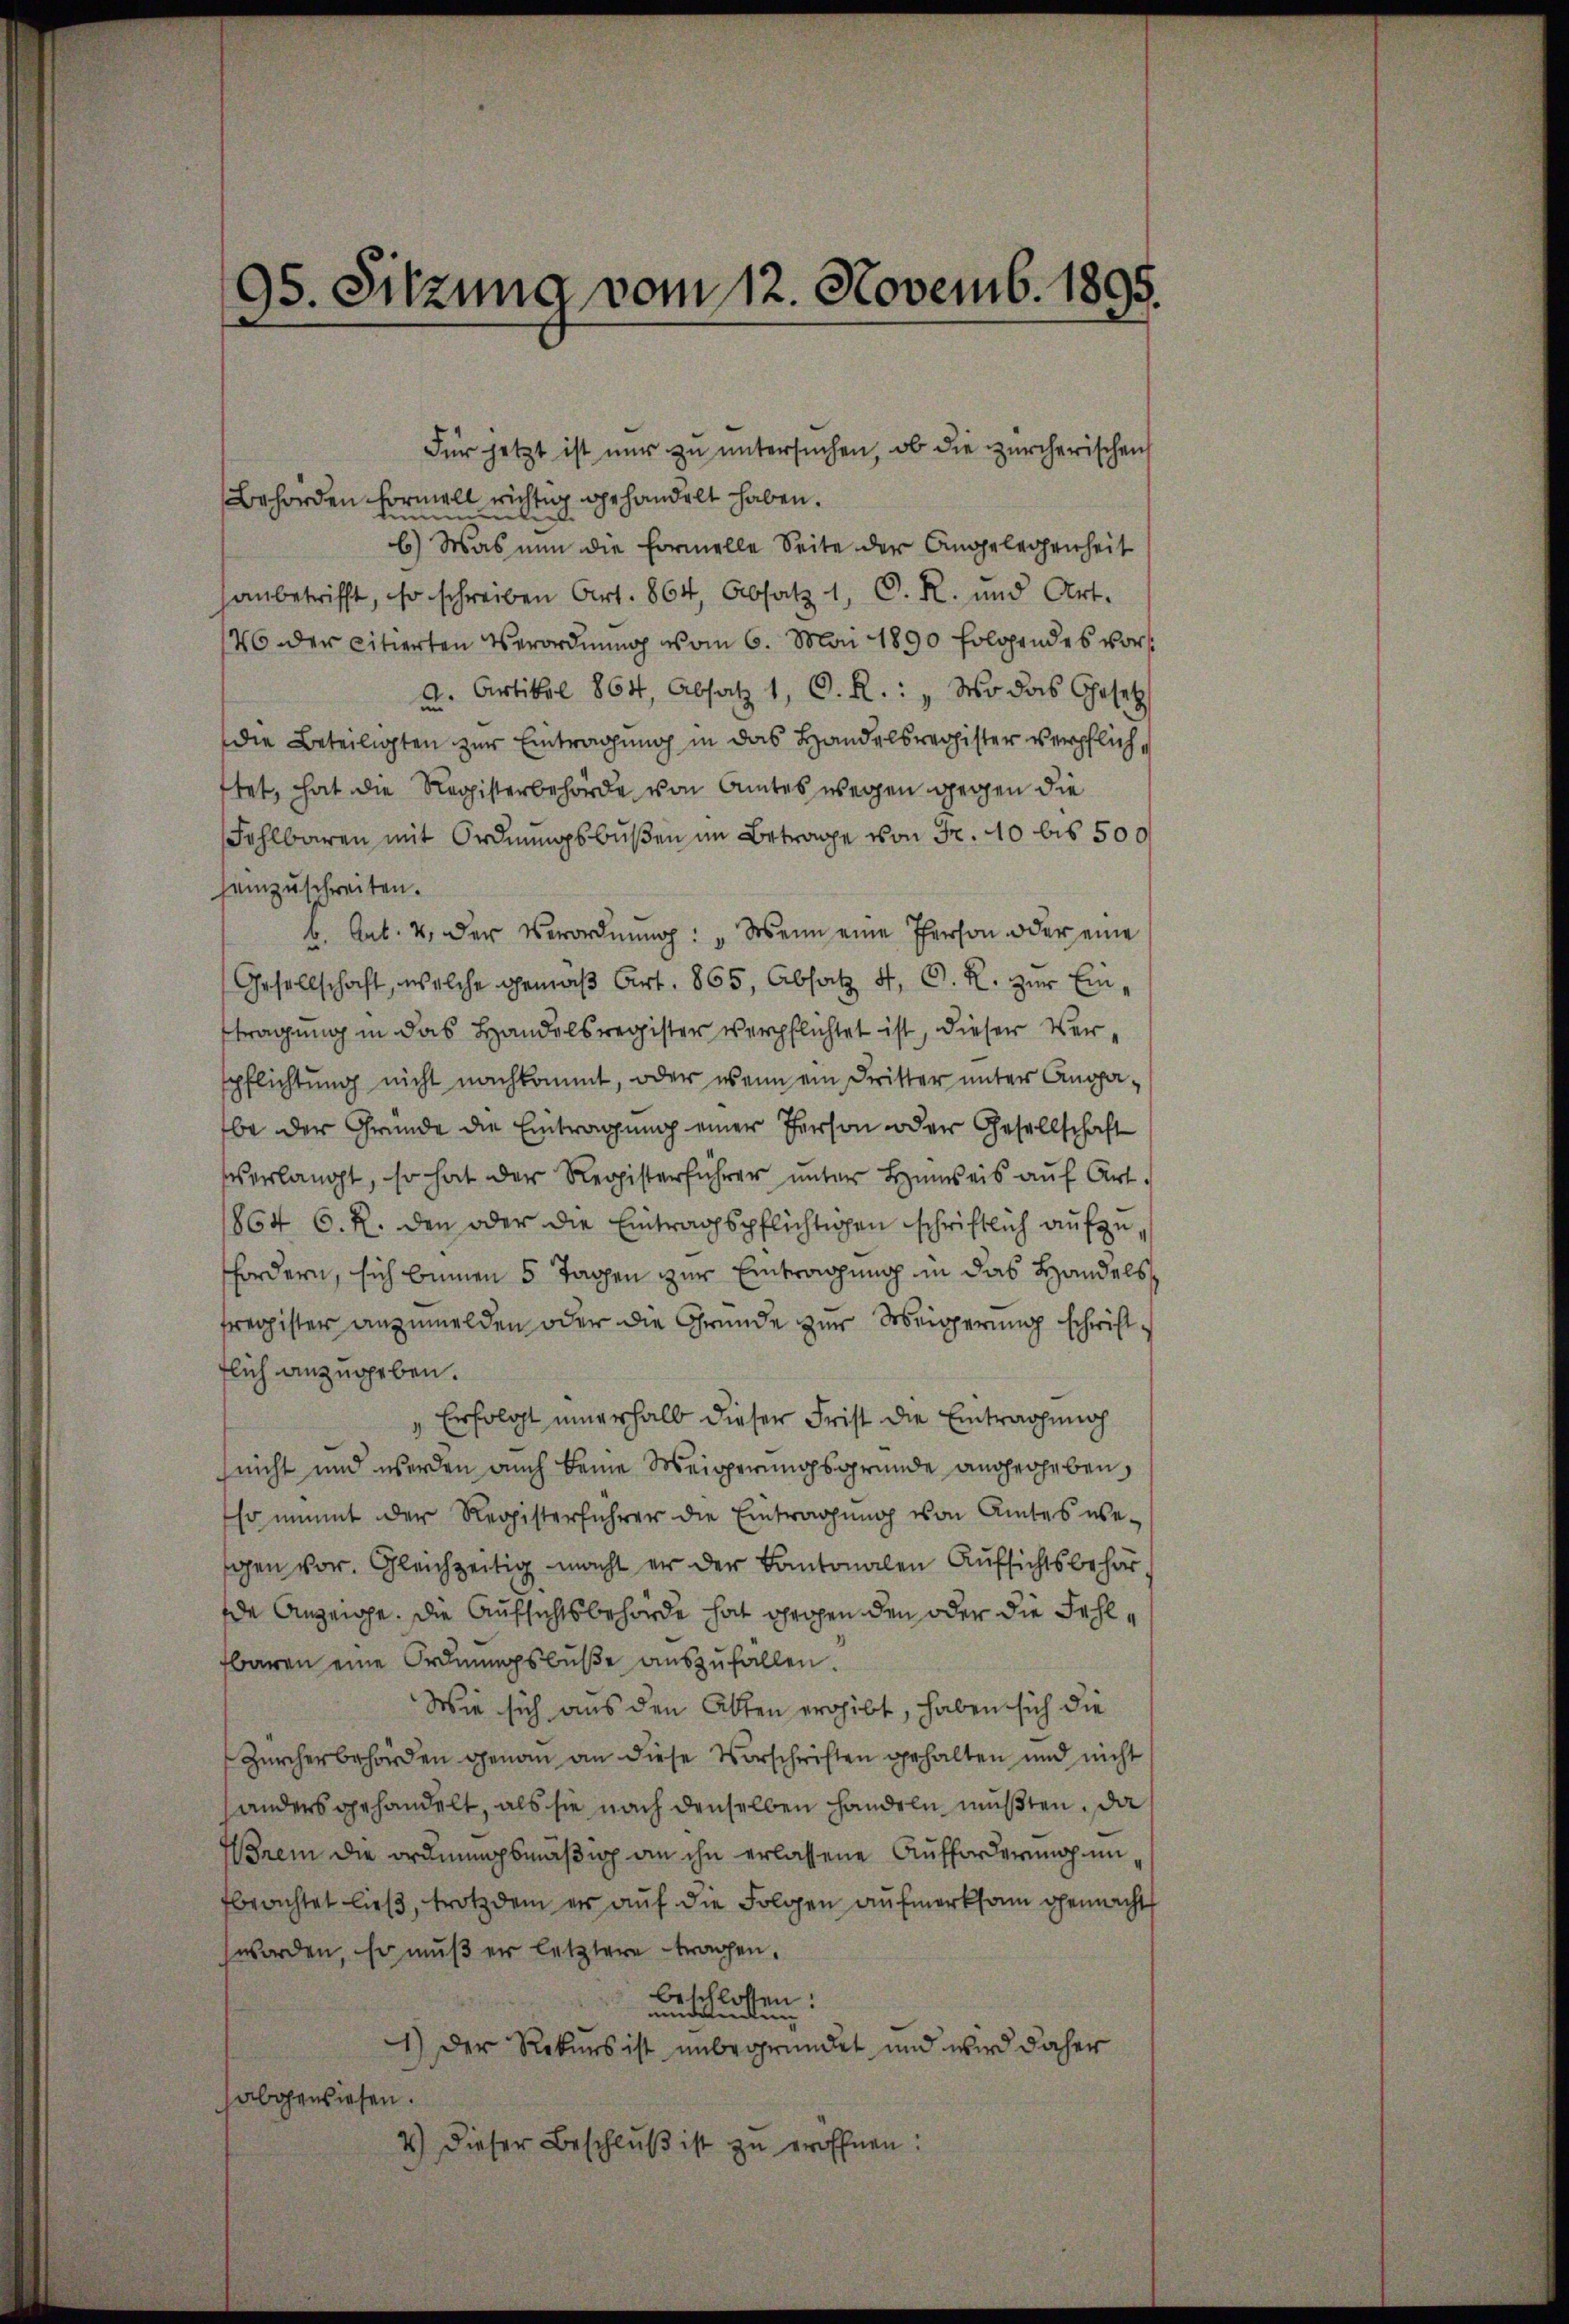
95. Sitzung vom 12. Novemb. 1895.

Behörden Formell richtig gehandelt haben.
limenten
b.) Was nun die Formelle Seite der Angelegenheit
anbetrifft, so schreiben Art. 864, Absatz 1, D. R. und Art.
46 der citierten Verordnung vom 6. Mai 1890 folgendes vora. Artikel 864, Absatz 1, D. R.: „Wo das Gesetz
Die Beteiligten zur Eintragung in das Handelsrechister verpflichftet, hat die Registerbehörde von Amtes wegen gegen die
Fehlbaren mit Ordnungsbußen im Betrage von Fr. 40 bis 500f
seinzuschreiten.
b. Art. 4. der Verordnung: „Wenn eine Person oder eine
Gesellschaft, welche gemäβ Art. 865, Absatz 4, G. R. zŭr Einttragung in das Handelsregister verpflichtet ist, dieser Verspflichtung nicht nachkommt, oder wenn ein Dritter unter Angabe der Grunde die Eintragung einer Person oder Gesellschaft
verlangt, so hat der Registerführer unter Hinweis aŭf Art.
864 6. R. den oder die Eintragspflichtigen schriftlich aufzu
fordern, sich binnen 5 Tagen zur Eintragung in das Handelsfregister anzumelden oder die Gründe zur Weigerung schriftflich anzugeben.
Erfolgt innerhalb dieser Frist die Eintragenoh
)
nicht und werden auch keine Weigerungsgründe angegeben,
so nimmt der Registerführer die Eintragŭng von Amtes we-
gen vor. Gleichzeitig macht er der Kantonalen Aufsichtsbehörde Anzeige. Die Aufsichtsbehörde hat Propen den oder die Fehlfbaren eine Ordnungsbuße auszufallen.
Wie sich aus den Alten ergibt, haben sich die
Zürcherbehörden genau an diese Vorschriften gehalten und nicht
handers gehandelt, als sie nach denselben handeln müßten, da
Brem die ordnungsmäßig an ihn erlassene Aufforderung in
fbeachtet ließ, trotzdem er auf die Folgen aufmerksam gemacht
worden, so muß er letztere tragen,
beschlossen:
undenden
1.) Der Rekurs ist unbegründet und wird daher
abgewiesen.
2.) Dieser Beschlŭβ ist zu eröffnen:

Für jetzt ist nur zu untersuchen, ob die zürcherischen